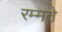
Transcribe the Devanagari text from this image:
रम्मते